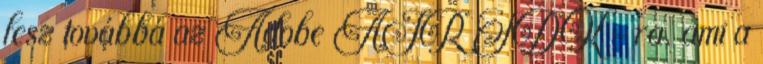
lesz továbbá az Adobe AIR SDK -ra, ami a